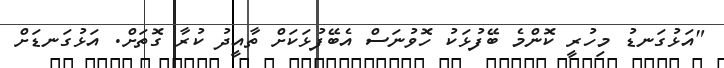
"އަޅުގަނޑު މިހުރީ ކޮންމެ ބޭފުޅަކު ހޮވުނަސް އެބޭފުޅަކަށް ތާއީދު ކުރާ ގޮތަށް. އަޅުގަނޑަށް